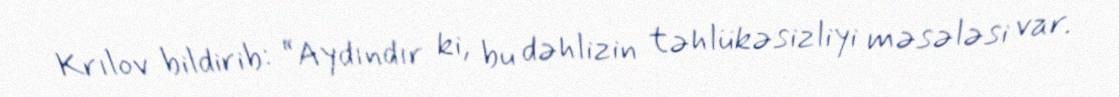
Krılov bildirib: “Aydındır ki, bu dəhlizin təhlükəsizliyi məsələsi var.